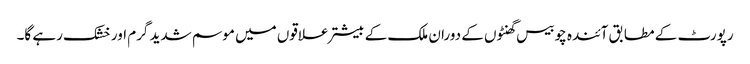
رپورٹ کے مطابق آئندہ چوبیس گھنٹوں کے دوران ملک کے بیشتر علاقوں میں موسم شدید گرم اور خشک رہے گا۔